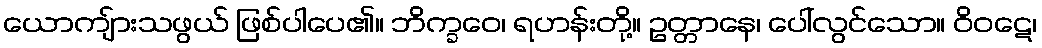
ယောကျ်ားသဖွယ် ဖြစ်ပါပေ၏။ ဘိက္ခဝေ၊ ရဟန်းတို့။ ဥတ္တာနေ၊ ပေါ်လွင်သော။ ဝိဝဋေ၊